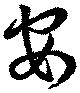
安